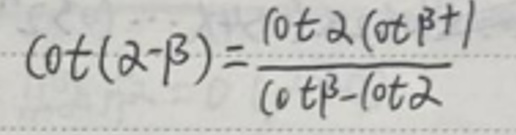
\(\cot(\alpha - \beta)=\frac{\cot\alpha(\cot\beta + 1)}{\cot\beta-\cot\alpha}\)